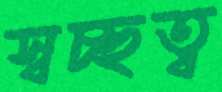
স্বচ্ছত্ব